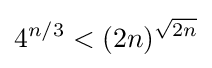
4^{n/3}<(2n)^{\sqrt {2n}}